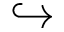
\hookrightarrow